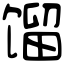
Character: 馏